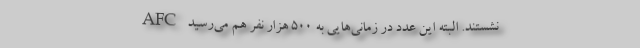
AFC نشستند. البته این عدد در زمانی‌هایی به 500 هزار نفر هم می‌رسید